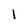
Character: l